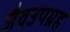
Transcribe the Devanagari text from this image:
जैवउपग्रह